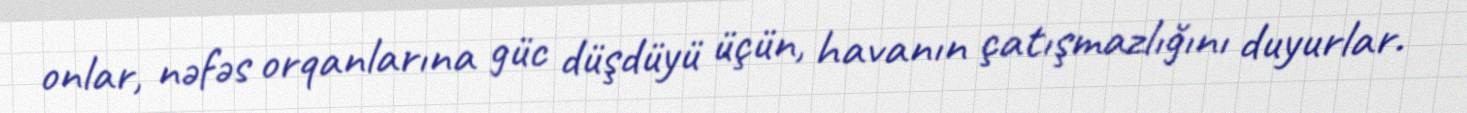
onlar, nəfəs orqanlarına güc düşdüyü üçün, havanın çatışmazlığını duyurlar.